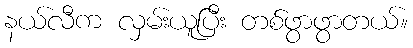
နယ်လီက လှမ်းယူပြီး တစ်ဖွာဖွာတယ်။